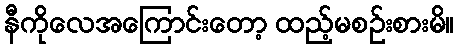
နီကိုလေအကြောင်းတော့ ထည့်မစဉ်းစားမိ။